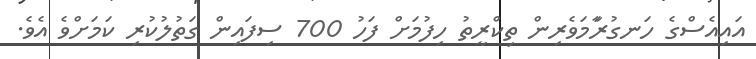
އައިއެސްގެ ހަނގުރާަމަވެރިން ތިކްރީތު ހިފުމަށް ފަހު 700 ސިފައިން ގަތުލުކުރި ކަމަށްވެ އެވެ.